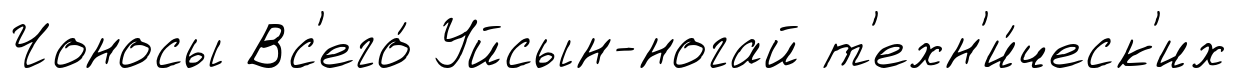
Чоносы Вс'его́ Уйсын-ногай т'ехн'и́ческ'их